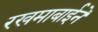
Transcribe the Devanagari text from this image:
रखमाबाईने